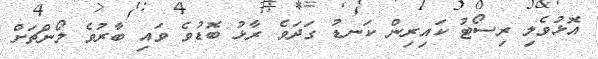
އޮޅުވެލި ރިސޯޓު ކައިރިން ކަނޑު ގަދަވެ ރާޅު ބޮޑުވެ ވައި ބާރުވެ ލޯންޗަށް